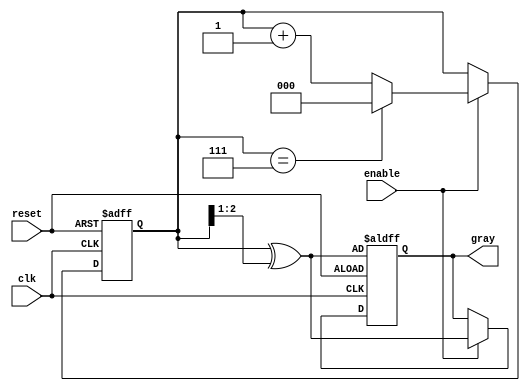
module gray_code_counter (
    input wire clk,          // Clock input
    input wire reset,        // Asynchronous reset input
    input wire enable,       // Enable input
    output reg [2:0] gray    // 3-bit Gray Code output
);

    reg [2:0] binary_count;  // 3-bit binary counter

    // Binary to Gray Code conversion
    function [2:0] binary_to_gray;
        input [2:0] binary;
        begin
            binary_to_gray = binary ^ (binary >> 1);
        end
    endfunction

    // Asynchronous reset and counting logic
    always @(posedge clk or posedge reset) begin
        if (reset) begin
            binary_count <= 3'b000; // Initialize to 0 in binary
            gray <= binary_to_gray(binary_count); // Initialize Gray Code
        end else if (enable) begin
            // Increment binary counter
            binary_count <= binary_count + 1;
            // Wrap around at 7 (111 in binary) to 0 (000 in binary)
            if (binary_count == 3'b111) begin
                binary_count <= 3'b000;
            end
            // Update Gray Code output
            gray <= binary_to_gray(binary_count);
        end
    end

endmodule